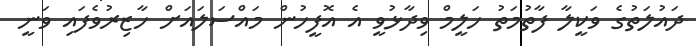
ދައުލަތުގެ ވަކީލާ ފާތުމަތު ހަލީމް ވިދާޅުވީ އެ އޮފީހުން މައްސަލައަށް ހާޒިރުވެފައި ވަނީ